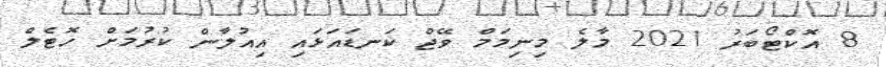
8 އޮކްޓޯބަރު 2021 މާލެ މިނިމަމް ވޭޖް ކަނޑައަޅައި އިއުލާން ކުރުމަށް ހޮޓެލް